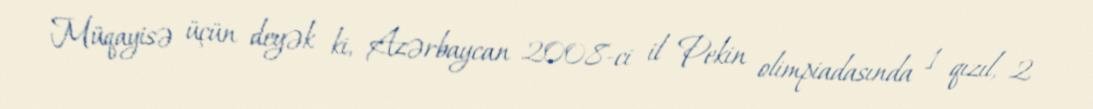
Müqayisə üçün deyək ki, Azərbaycan 2008-ci il Pekin olimpiadasında 1 qızıl, 2